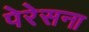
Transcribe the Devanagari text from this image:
पेरेसना